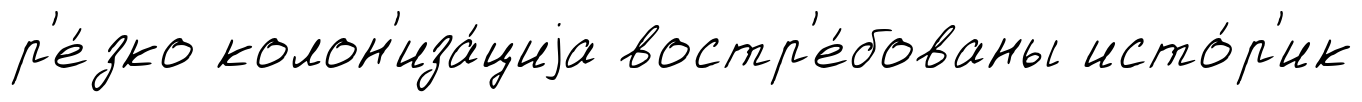
р'е́зко колон'иза́циjа востр'е́бованы исто́р'ик